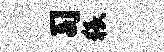
司猥